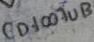
Text: CD4007UB